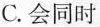
C.会同时